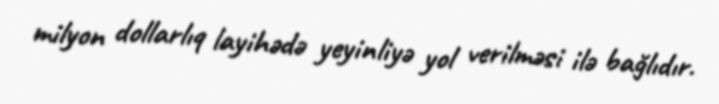
milyon dollarlıq layihədə yeyinliyə yol verilməsi ilə bağlıdır.